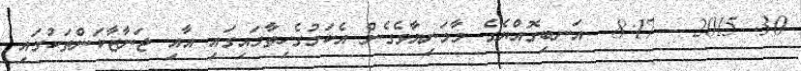
30